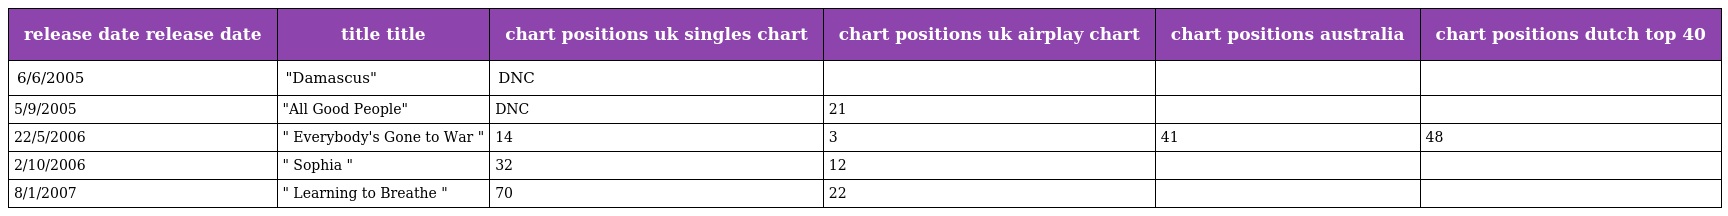
| release date release date | title title | chart positions uk singles chart | chart positions uk airplay chart | chart positions australia | chart positions dutch top 40 |
 | --- | --- | --- | --- | --- | --- |
 | 6/6/2005 | "Damascus" | DNC |  |  |  |
 | 5/9/2005 | "All Good People" | DNC | 21 |  |  |
 | 22/5/2006 | " Everybody's Gone to War " | 14 | 3 | 41 | 48 |
 | 2/10/2006 | " Sophia " | 32 | 12 |  |  |
 | 8/1/2007 | " Learning to Breathe " | 70 | 22 |  |  |